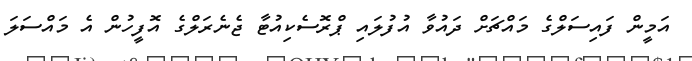
އަމީން ފައިސަލްގެ މައްޗަށް ދައުވާ އުފުލައި ޕްރޮސެކިއުޓާ ޖެނެރަލްގެ އޮފީހުން އެ މައްސަލަ